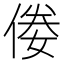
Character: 𠊶